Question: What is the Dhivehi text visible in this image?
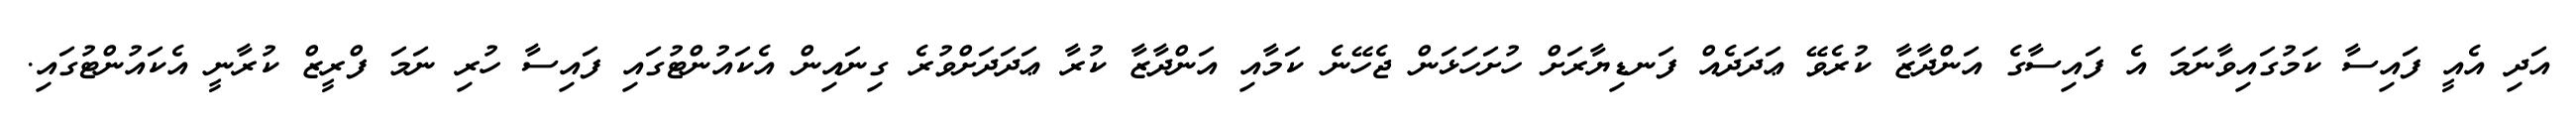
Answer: އަދި އެއީ ފައިސާ ކަމުގައިވާނަމަ އެ ފައިސާގެ އަންދާޒާ ކުރެވޭ ޢަދަދެއް ފަނޑިޔާރަށް ހުށަހަޅަން ޖެހޭނެ ކަމާއި އަންދާޒާ ކުރާ ޢަދަދަށްވުރެ ގިނައިން އެކައުންޓުގައި ފައިސާ ހުރި ނަމަ ފްރީޒް ކުރާނީ އެކައުންޓުގައި.